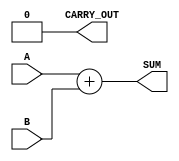
module Parameterized_Adder #(
    parameter WIDTH = 8  // Default width is 8 bits
)(
    input  [WIDTH-1:0] A,      // Input A
    input  [WIDTH-1:0] B,      // Input B
    output [WIDTH-1:0] SUM,     // Output SUM
    output CARRY_OUT            // Carry out (optional)
);

    // Behavioral description of the adder
    assign SUM = A + B;         // Sum of A and B
    assign CARRY_OUT = (A + B) >> WIDTH; // Carry out (if applicable)

endmodule